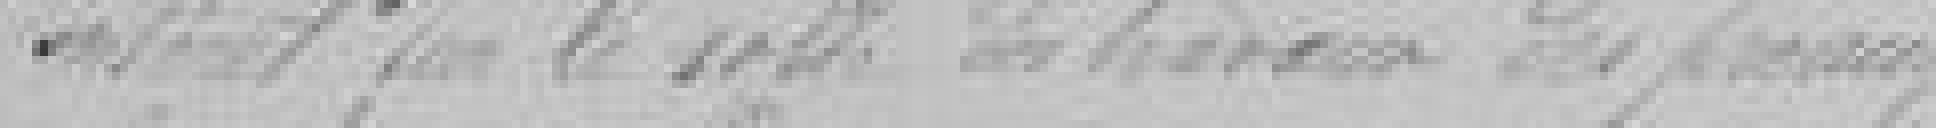
par la salle des travaux des préaux